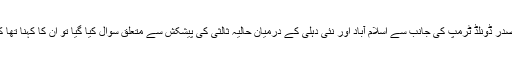
دوران بریفنگ جب ان سے امریکی صدر ڈونلڈ ٹرمپ کی جانب سے اسلام آباد اور نئی دہلی کے درمیان حالیہ ثالثی کی پیشکش سے متعلق سوال کیا گیا تو ان کا کہنا تھا کہ بھارت اس کے لیے'تیار نہیں' ہے۔